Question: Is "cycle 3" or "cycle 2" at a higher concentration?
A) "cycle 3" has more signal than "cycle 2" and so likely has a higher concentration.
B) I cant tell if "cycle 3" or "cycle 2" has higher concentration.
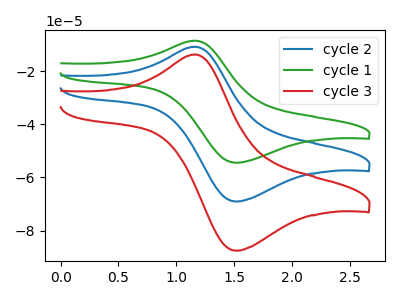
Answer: <think>The blue curve "cycle 2" has an anodic peak at (1.15V, -10.80uA) and a cathodic peak at (1.50V, -69.05uA). The green curve "cycle 1" has an anodic peak at (1.15V, -21.60uA) and a cathodic peak at (1.50V, -138.05uA). The red curve "cycle 3" has an anodic peak at (1.15V, -13.70uA) and a cathodic peak at (1.50V, -87.55uA).
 All the peaks in "cycle 3" have a peak in "cycle 2" at the same potential.</think>
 <answer>B) I cant tell if "cycle 3" or "cycle 2" has higher concentration.</answer>
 <eval>B</eval>